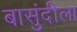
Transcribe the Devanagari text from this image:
बासुंदीला